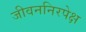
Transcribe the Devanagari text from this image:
जीवननिरपेक्ष